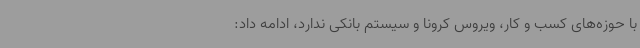
با حوزه‌های کسب و کار، ویروس کرونا و سیستم بانکی ندارد، ادامه داد: